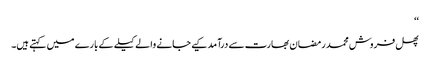
‘‘
پھل فروش محمد رمضان بھارت سے درآمد کیے جانے والے کیلے کے بارے میں کہتے ہیں۔